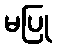
မပြု